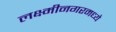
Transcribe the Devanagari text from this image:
लक्ष्मीनगरमध्ये